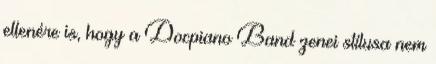
ellenére is, hogy a Docpiano Band zenei stílusa nem